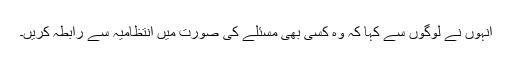
انہوں نے لوگوں سے کہا کہ وہ کسی بھی مسئلے کی صورت میں انتظامیہ سے رابطہ کریں۔